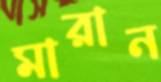
মারান